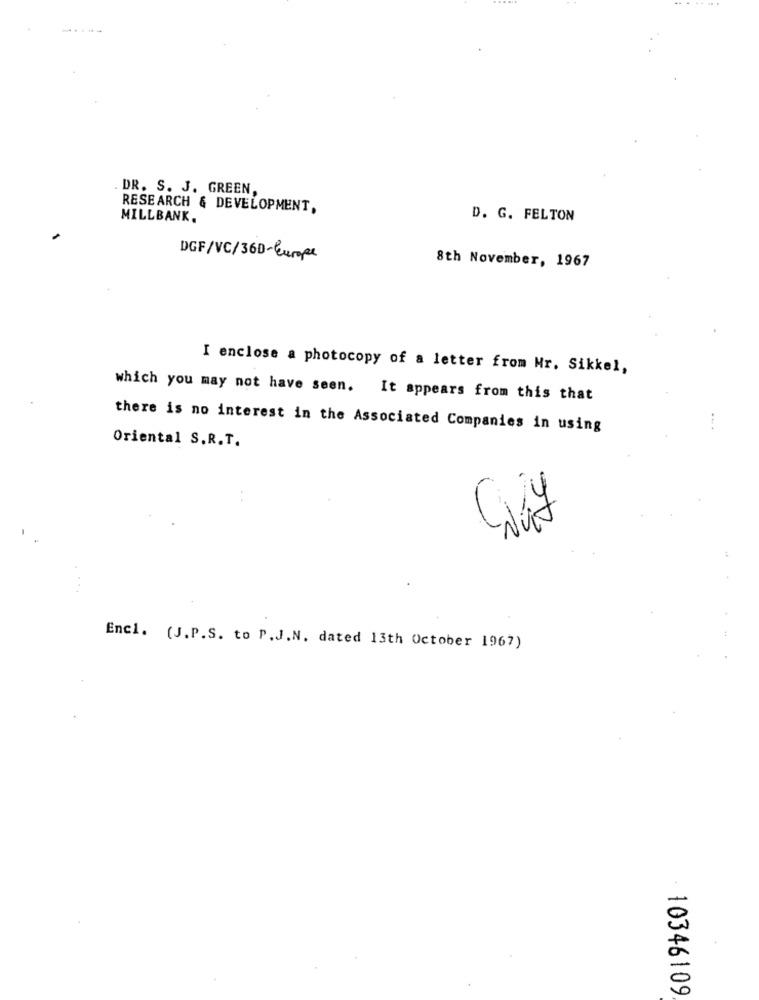
DR. S. J. GREEN,
RESEARCH & DEVELOPMENT,
MILLBANK.
D. G. FELTON
DGF/VC/36D-Europe
8th November, 1967
I enclose a photocopy of a letter from Mr. Sikkel,
which you may not have seen. It appears from this that
there is no interest in the Associated Companies in using
Oriental S.R.T.
Encl. (J.P.S. to P.J.N. dated 13th October 1967)
10346109